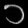
Digit: ၁